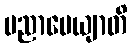
ပညာပေယျာတိ